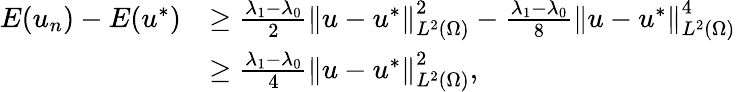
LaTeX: \begin{array}{rl}{E(u_{n})-E(u^{*})}&{\geq\frac{\lambda_{1}-\lambda_{0}}{2}\left\Vert u-u^{*}\right\Vert_{L^{2}(\Omega)}^{2}-\frac{\lambda_{1}-\lambda_{0}}{8}\left\Vert u-u^{*}\right\Vert_{L^{2}(\Omega)}^{4}}\\ &{\geq\frac{\lambda_{1}-\lambda_{0}}{4}\left\Vert u-u^{*}\right\Vert_{L^{2}(\Omega)}^{2},}\end{array}